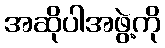
အဆိုပါအဖွဲ့ကို